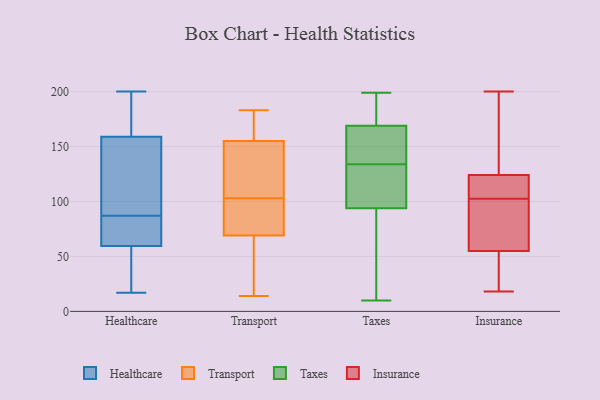
{"axis": {"x": "Production Output", "y": "Value"}, "legend": ["Healthcare", "Insurance", "Taxes", "Transport"], "data": [{"x": "", "y": 153, "type": "Healthcare"}, {"x": "", "y": 66, "type": "Healthcare"}, {"x": "", "y": 17, "type": "Healthcare"}, {"x": "", "y": 183, "type": "Healthcare"}, {"x": "", "y": 97, "type": "Healthcare"}, {"x": "", "y": 65, "type": "Healthcare"}, {"x": "", "y": 87, "type": "Healthcare"}, {"x": "", "y": 178, "type": "Healthcare"}, {"x": "", "y": 190, "type": "Healthcare"}, {"x": "", "y": 64, "type": "Healthcare"}, {"x": "", "y": 136, "type": "Healthcare"}, {"x": "", "y": 76, "type": "Healthcare"}, {"x": "", "y": 34, "type": "Healthcare"}, {"x": "", "y": 20, "type": "Healthcare"}, {"x": "", "y": 58, "type": "Healthcare"}, {"x": "", "y": 99, "type": "Healthcare"}, {"x": "", "y": 200, "type": "Healthcare"}, {"x": "", "y": 32, "type": "Healthcare"}, {"x": "", "y": 161, "type": "Healthcare"}, {"x": "", "y": 155, "type": "Transport"}, {"x": "", "y": 148, "type": "Transport"}, {"x": "", "y": 14, "type": "Transport"}, {"x": "", "y": 174, "type": "Transport"}, {"x": "", "y": 96, "type": "Transport"}, {"x": "", "y": 183, "type": "Transport"}, {"x": "", "y": 110, "type": "Transport"}, {"x": "", "y": 57, "type": "Transport"}, {"x": "", "y": 170, "type": "Transport"}, {"x": "", "y": 69, "type": "Transport"}, {"x": "", "y": 88, "type": "Transport"}, {"x": "", "y": 118, "type": "Transport"}, {"x": "", "y": 21, "type": "Transport"}, {"x": "", "y": 103, "type": "Transport"}, {"x": "", "y": 180, "type": "Transport"}, {"x": "", "y": 63, "type": "Transport"}, {"x": "", "y": 76, "type": "Transport"}, {"x": "", "y": 103, "type": "Transport"}, {"x": "", "y": 172, "type": "Taxes"}, {"x": "", "y": 199, "type": "Taxes"}, {"x": "", "y": 104, "type": "Taxes"}, {"x": "", "y": 138, "type": "Taxes"}, {"x": "", "y": 10, "type": "Taxes"}, {"x": "", "y": 118, "type": "Taxes"}, {"x": "", "y": 165, "type": "Taxes"}, {"x": "", "y": 72, "type": "Taxes"}, {"x": "", "y": 47, "type": "Taxes"}, {"x": "", "y": 50, "type": "Taxes"}, {"x": "", "y": 105, "type": "Taxes"}, {"x": "", "y": 161, "type": "Taxes"}, {"x": "", "y": 134, "type": "Taxes"}, {"x": "", "y": 168, "type": "Taxes"}, {"x": "", "y": 189, "type": "Taxes"}, {"x": "", "y": 183, "type": "Taxes"}, {"x": "", "y": 101, "type": "Taxes"}, {"x": "", "y": 122, "type": "Insurance"}, {"x": "", "y": 22, "type": "Insurance"}, {"x": "", "y": 26, "type": "Insurance"}, {"x": "", "y": 69, "type": "Insurance"}, {"x": "", "y": 86, "type": "Insurance"}, {"x": "", "y": 18, "type": "Insurance"}, {"x": "", "y": 94, "type": "Insurance"}, {"x": "", "y": 162, "type": "Insurance"}, {"x": "", "y": 27, "type": "Insurance"}, {"x": "", "y": 94, "type": "Insurance"}, {"x": "", "y": 119, "type": "Insurance"}, {"x": "", "y": 126, "type": "Insurance"}, {"x": "", "y": 113, "type": "Insurance"}, {"x": "", "y": 124, "type": "Insurance"}, {"x": "", "y": 200, "type": "Insurance"}, {"x": "", "y": 55, "type": "Insurance"}, {"x": "", "y": 191, "type": "Insurance"}, {"x": "", "y": 111, "type": "Insurance"}]}